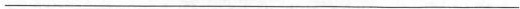
___